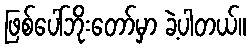
ဖြစ်ပေါ်ဘိုးတော်မှာ ခဲ့ပါတယ်။